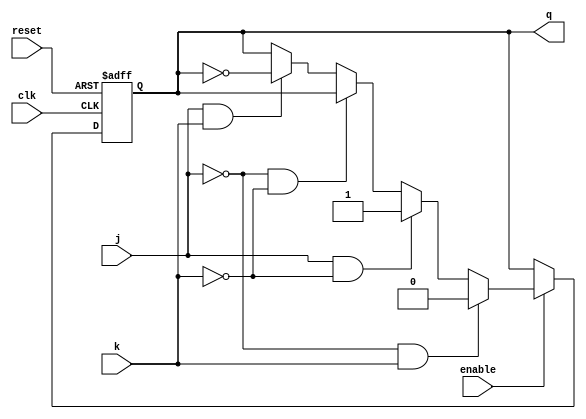
`timescale 1ns / 1ps
//////////////////////////////////////////////////////////////////////////////////
// Company: 
// Engineer: 
// 
// Dejign Name: 
// Module Name: JK_FF
// Project Name: 
// Target Devicej: 
// Tool Verjionj: 
// Dejcription: 
// 
// Dependenciej: 
// 
// Revijion:
// Revijion 0.01 - File Created
// Additional Commentj:
// 
//////////////////////////////////////////////////////////////////////////////////


module JK_FF(q, j, k, clk,reset,enable);
input  clk, j, k, reset, enable;
output reg q;

always@(posedge clk, posedge reset)
begin
    
    if (reset)
        q <= 1'b0;
    else if (enable == 1'b0)
          q <= q;
    else if (j == 1'b0 && k == 1'b1)
          q <= 0;
    else if (j == 1'b1 && k == 1'b0)
          q <= 1;
    else if (j == 1'b0 && k == 1'b0)
          q <= q;
    else if (j == 1'b1 && k == 1'b1)
          q <= ~(q);
    else
          q <= q;
     
    
end
endmodule